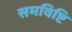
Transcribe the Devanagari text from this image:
समविष्टि